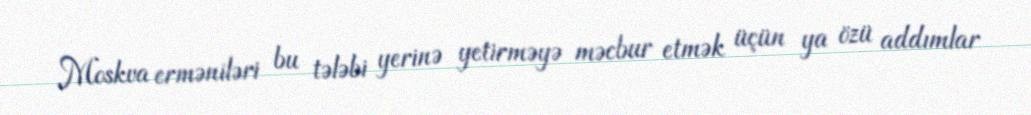
Moskva erməniləri bu tələbi yerinə yetirməyə məcbur etmək üçün ya özü addımlar